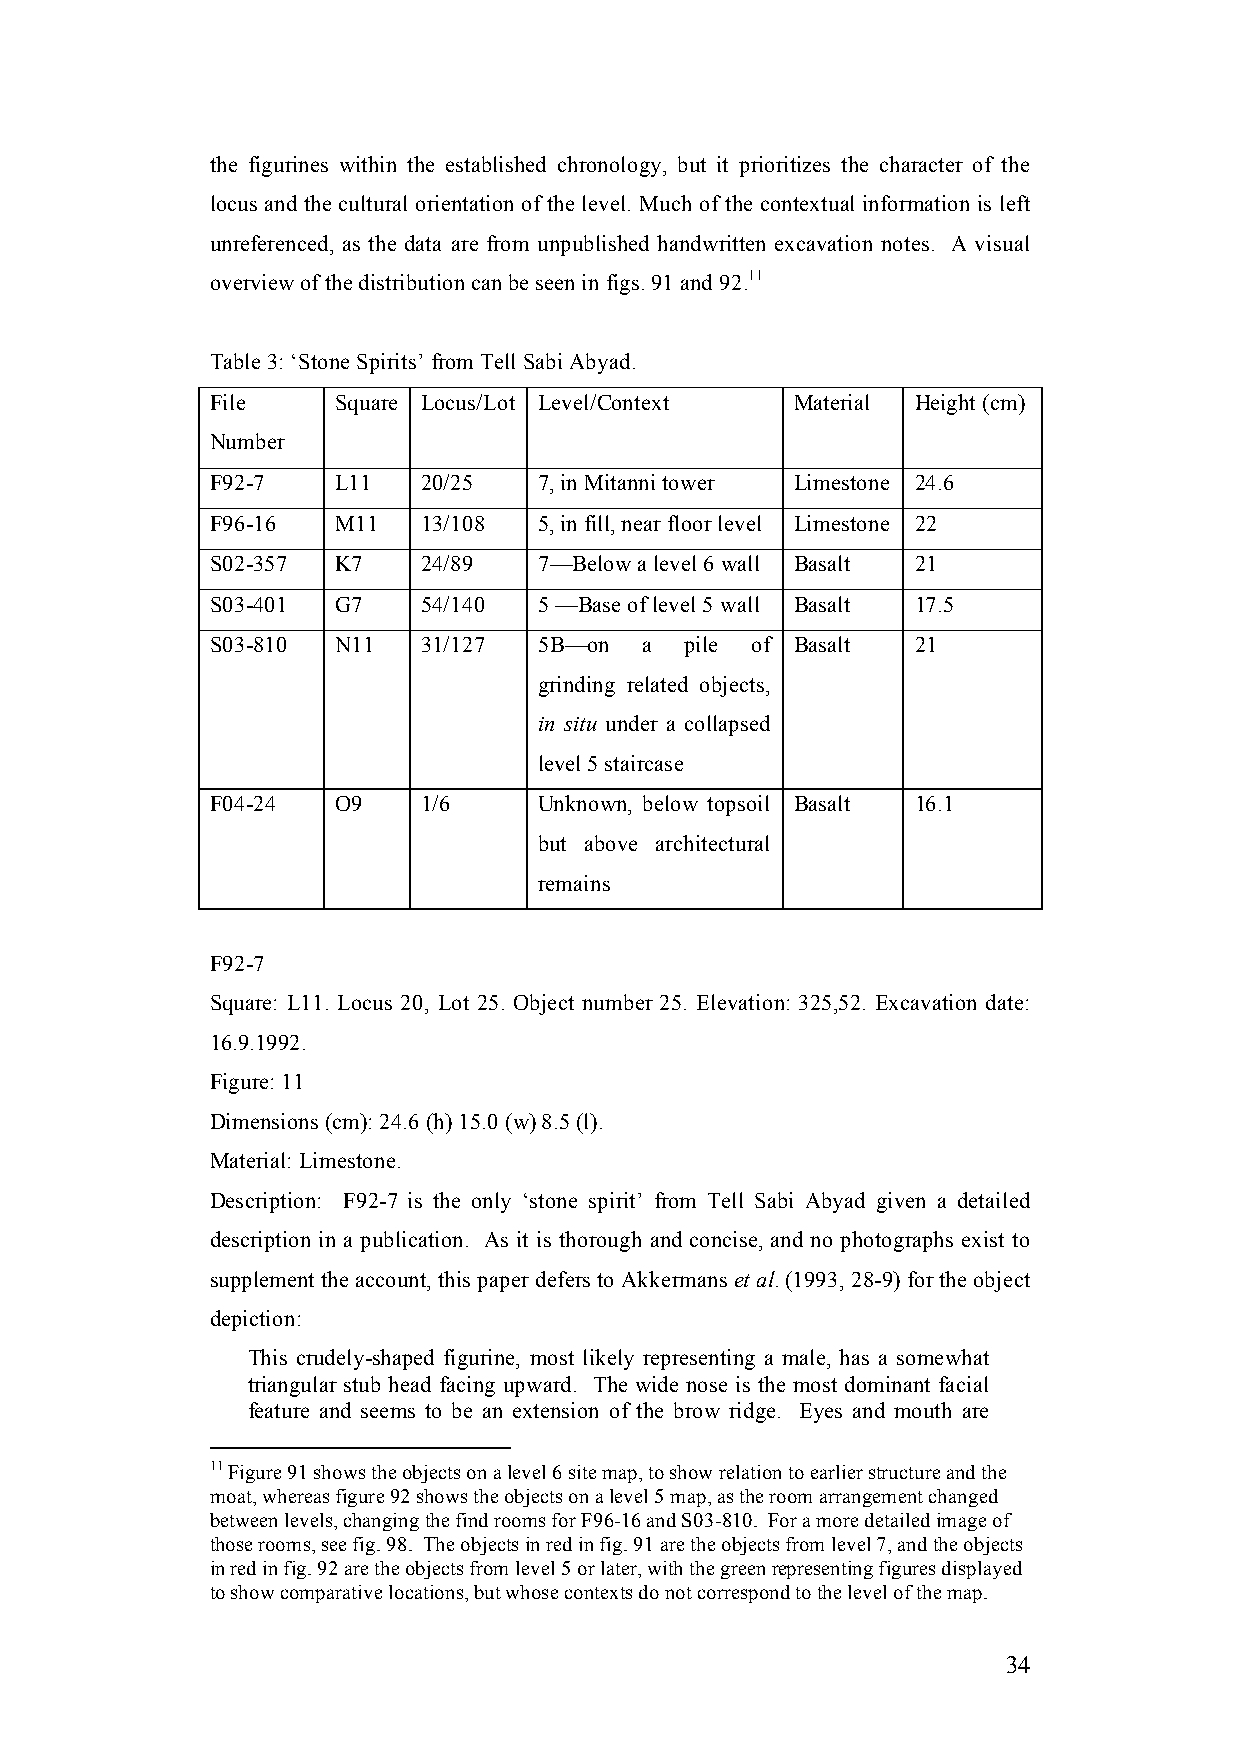
the figurines within the established chronology, but it prioritizes the character of the
 locus and the cultural orientation of the level. Much of the contextual information is left
 unreferenced, as the data are from unpublished handwritten excavation notes. A visual
 overview of the distribution can be seen in figs. 91 and 92.11
 Table 3: ‘Stone Spirits’ from Tell Sabi Abyad.
 File    Square Locus/Lot Level/Context Material Height (cm)
 Number
 F92-7   L11   20/25   7, in Mitanni tower Limestone 24.6
 F96-16  M11   13/108  5, in fill, near floor level Limestone 22
 S02-357 K7    24/89   7—Below a level 6 wall Basalt 21
 S03-401 G7    54/140  5 —Base of level 5 wall Basalt 17.5
 S03-810 N11   31/127  5B—on  a pile of Basalt  21
 grinding related objects,
 in situ under a collapsed
 level 5 staircase
 F04-24  O9    1/6     Unknown, below topsoil Basalt 16.1
 but above architectural
 remains
 F92-7
 Square: L11. Locus 20, Lot 25. Object number 25. Elevation: 325,52. Excavation date:
 16.9.1992.
 Figure: 11
 Dimensions (cm): 24.6 (h) 15.0 (w) 8.5 (l).
 Material: Limestone.
 Description: F92-7 is the only ‘stone spirit’ from Tell Sabi Abyad given a detailed
 description in a publication. As it is thorough and concise, and no photographs exist to
 supplement the account, this paper defers to Akkermans et al. (1993, 28-9) for the object
 depiction:
 This crudely-shaped figurine, most likely representing a male, has a somewhat
 triangular stub head facing upward. The wide nose is the most dominant facial
 feature and seems to be an extension of the brow ridge. Eyes and mouth are
 11 Figure 91 shows the objects on a level 6 site map, to show relation to earlier structure and the
 moat, whereas figure 92 shows the objects on a level 5 map, as the room arrangement changed
 between levels, changing the find rooms for F96-16 and S03-810. For a more detailed image of
 those rooms, see fig. 98. The objects in red in fig. 91 are the objects from level 7, and the objects
 in red in fig. 92 are the objects from level 5 or later, with the green representing figures displayed
 to show comparative locations, but whose contexts do not correspond to the level of the map.
 34